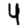
Digit: 4